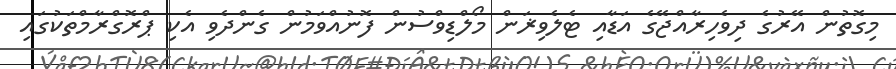
މިގޮތުން އޭރުގެ ދިވެހިރާއްޖޭގެ އަޑާއި ޓެލެވިޜަން މޯލްޑިވްސުން ފޮނުއްވަމުން ގެންދެވި އެކި ޕްރޮގްރާމްތަކުގައި